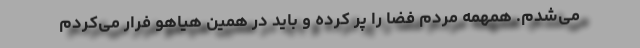
می‌شدم. همهمه مردم فضا را پُر کرده و باید در همین هیاهو فرار می‌کردم